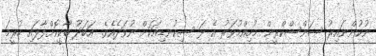
ނުކުންނައިރު ސަންސްކްރީން މުހިއްމުވަރު އެ ޅަ ސިކުނޑިއަކަށް ނުވަދެއެވެ. އަބަދު ބާކީކޮށްލާފައި ހުރީމަ